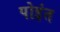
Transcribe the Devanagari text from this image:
पोइंत